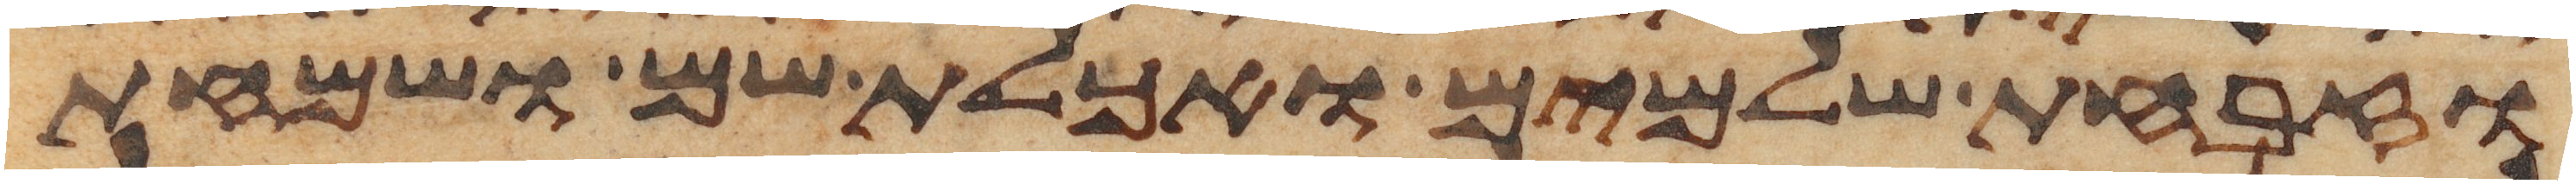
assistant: וזבחת שלמים ואכלת שם ושמחת